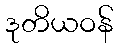
ဒုတိယဝန်